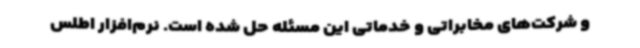
و شرکت‌های مخابراتی و خدماتی این مسئله حل شده است. نرم‌افزار اطلس